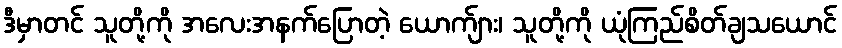
ဒီမှာတင် သူတို့ကို အလေးအနက်ပြောတဲ့ ယောက်ျား၊ သူတို့ကို ယုံကြည်စိတ်ချသယောင်